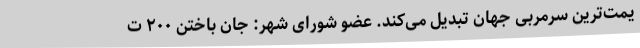
یمت‌ترین سرمربی جهان تبدیل می‌کند. عضو شورای شهر: جان باختن ۲۰۰ ت